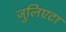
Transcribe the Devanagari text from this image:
जुलिएटा